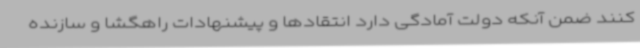
کنند ضمن آنکه دولت آمادگی دارد انتقادها و پیشنهادات راهگشا و سازنده